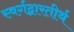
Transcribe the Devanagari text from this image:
स्वर्गद्वारतीर्थ